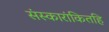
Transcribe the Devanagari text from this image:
संस्कारांकितहि